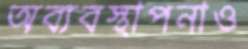
অব্যবস্থাপনাও